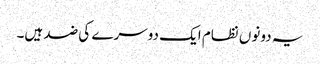
یہ دونوں نظام ایک دوسرے کی ضد ہیں۔